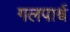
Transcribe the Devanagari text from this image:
गलपार्श्व